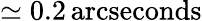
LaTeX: \simeq 0.2\, \mathrm{arcseconds}